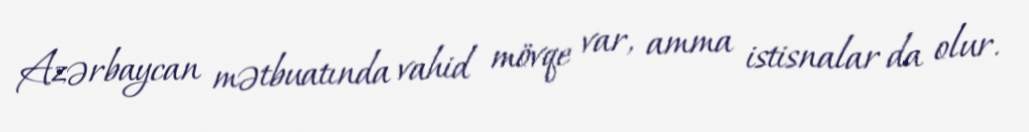
Azərbaycan mətbuatında vahid mövqe var, amma istisnalar da olur.